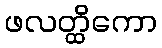
ဖလတ္ထိကော